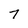
Character: 7